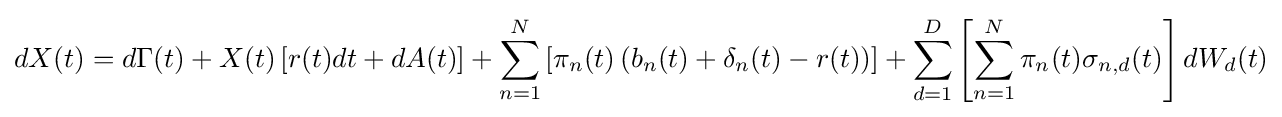
dX(t)=d\Gamma (t)+X(t)\left[r(t)dt+dA(t)\right]+\sum _{n=1}^{N}\left[\pi _{n}(t)\left(b_{n}(t)+\delta _{n}(t)-r(t)\right)\right]+\sum _{d=1}^{D}\left[\sum _{n=1}^{N}\pi _{n}(t)\sigma _{n,d}(t)\right]dW_{d}(t)